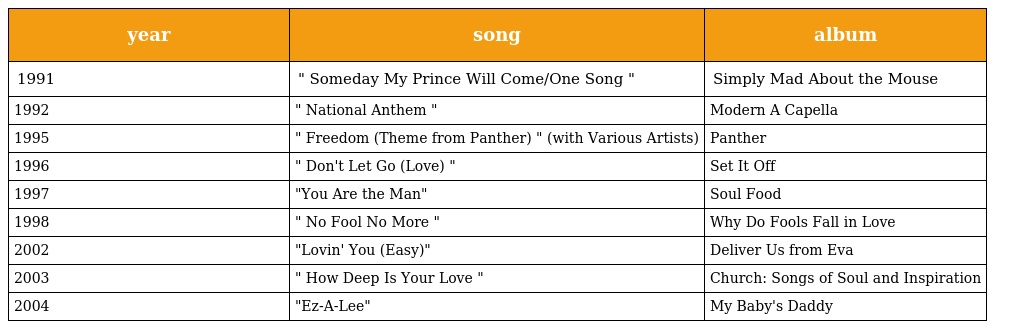
| year | song | album |
 | --- | --- | --- |
 | 1991 | " Someday My Prince Will Come/One Song " | Simply Mad About the Mouse |
 | 1992 | " National Anthem " | Modern A Capella |
 | 1995 | " Freedom (Theme from Panther) " (with Various Artists) | Panther |
 | 1996 | " Don't Let Go (Love) " | Set It Off |
 | 1997 | "You Are the Man" | Soul Food |
 | 1998 | " No Fool No More " | Why Do Fools Fall in Love |
 | 2002 | "Lovin' You (Easy)" | Deliver Us from Eva |
 | 2003 | " How Deep Is Your Love " | Church: Songs of Soul and Inspiration |
 | 2004 | "Ez-A-Lee" | My Baby's Daddy |